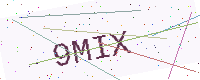
Text: 9MIX